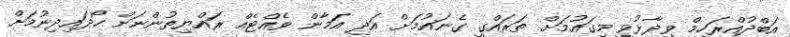
އަބްދުއްރަހީމް ވިދާޅުވީ މިގައުމަށް ތަރައްގީ ގެނައުމަށް އަދި އަމާން ވެއްޓެއް ރައްޔިތުންނަށް ހޯދައިދިނުމަށް